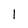
Character: 1